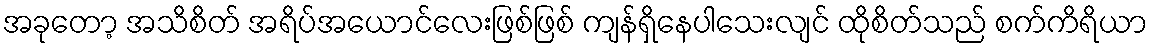
အခုတော့ အသိစိတ် အရိပ်အယောင်လေးဖြစ်ဖြစ် ကျန်ရှိနေပါသေးလျင် ထိုစိတ်သည် စက်ကိရိယာ